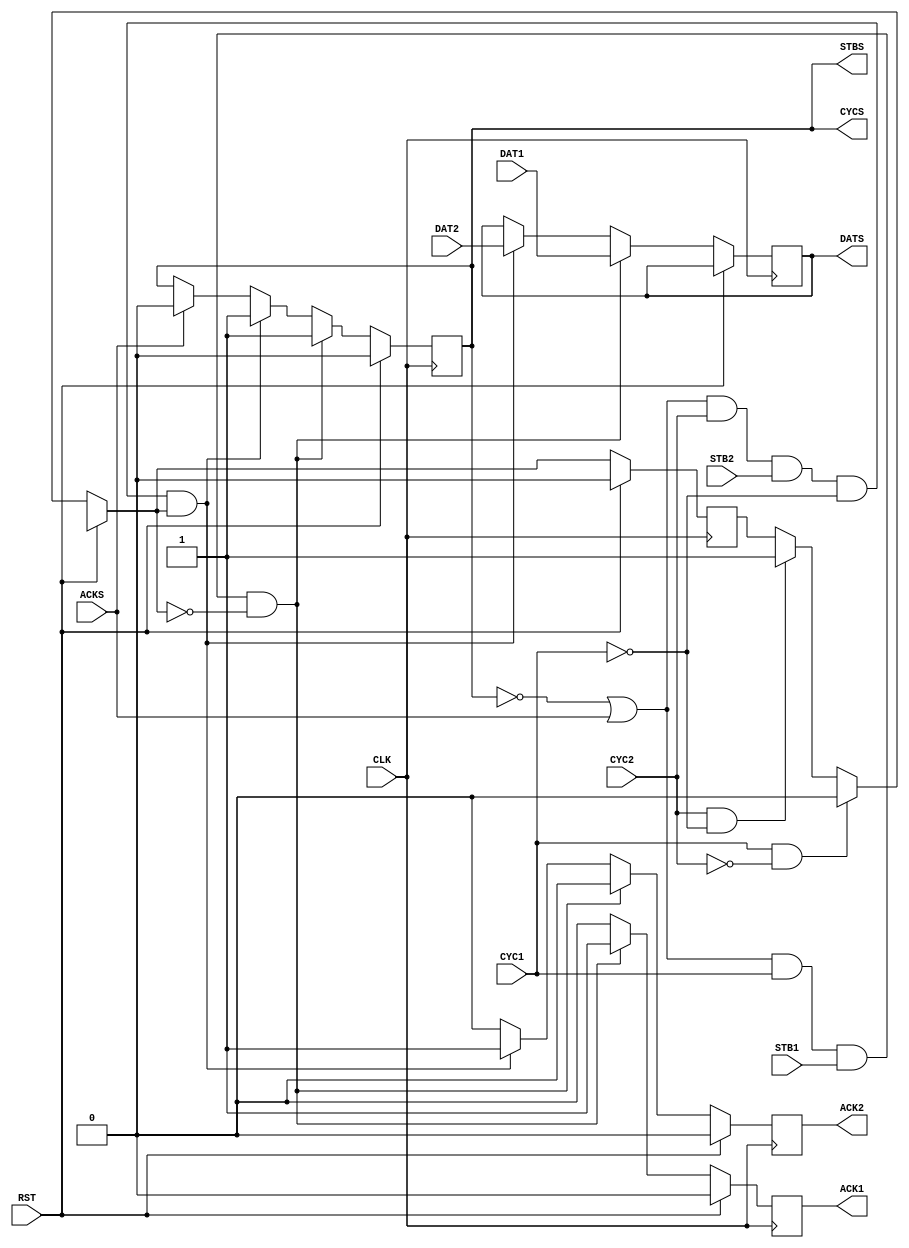
/*
  Verilog implementation of the iso7816-3 smartcard interface.
  Copyright (C) 2003 Blaise Gassend <blaise at gassend dot com>
  
  This program is free software; you can redistribute it and/or
  modify it under the terms of the GNU General Public License
  as published by the Free Software Foundation; either version 2
  of the License, or (at your option) any later version.
  
  This program is distributed in the hope that it will be useful,
  but WITHOUT ANY WARRANTY; without even the implied warranty of
  MERCHANTABILITY or FITNESS FOR A PARTICULAR PURPOSE.  See the
  GNU General Public License for more details.
  
  You should have received a copy of the GNU General Public License
  along with this program; if not, write to the Free Software
  Foundation, Inc., 59 Temple Place - Suite 330, Boston, MA  02111-1307, USA.
*/

// Takes two Wishbone Master interfaces and merges them, giving priority to
// interface 1.

module converge(CLK, RST, CYC1, STB1, DAT1, ACK1, CYC2, STB2, DAT2, ACK2,
                CYCS, DATS, STBS, ACKS);
  parameter width = 8;

  input CLK, RST, CYC1, STB1, CYC2, STB2, ACKS;
  input [width - 1:0] DAT1;
  input [width - 1:0] DAT2;
  output ACK1, ACK2, CYCS, STBS;
  output [width - 1:0] DATS;

  reg [width - 1:0] DATS;
  reg STBS = 0;
  reg ACK1 = 0;
  reg ACK2 = 0;
  reg owner = 0; // 0 -> interface 1, 1-> interface 2

  assign CYCS = STBS;
  
  always @(posedge CLK)
  begin
    if (RST)
    begin // Reset everything
      STBS <= 0;
      ACK1 <= 0;
      ACK2 <= 0;
      owner = 0;
    end
    
    else
    begin
      ACK1 <= 0;
      ACK2 <= 0;
      
      if (ACKS)
        STBS <= 0; // Buffer has just been emptied.
      
      if (CYC1 && ~CYC2)
        owner = 0;
  
      else if (CYC2 && ~CYC1)
        owner = 1;
      
      if ((~STBS || ACKS) && CYC1 && STB1 && owner == 0)
      begin // Buffer just got filled by interface 1.
        STBS <= 1;
        DATS <= DAT1;
        ACK1 <= 1;
      end
      
      else if ((~STBS || ACKS) && CYC2 && STB2 && ~CYC1 && owner == 1)
      begin // Buffer just got filled by interface 2.
        STBS <= 1;
        DATS <= DAT2;
        ACK2 <= 1;
      end
    end
  end
endmodule